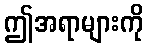
ဤအရာများကို